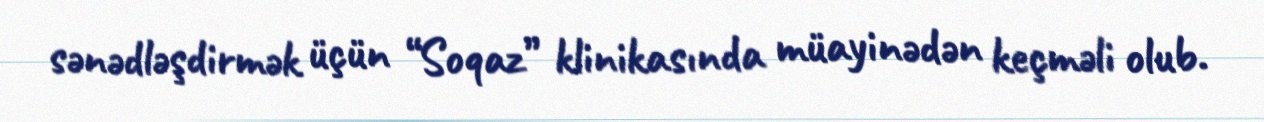
sənədləşdirmək üçün “Soqaz” klinikasında müayinədən keçməli olub.